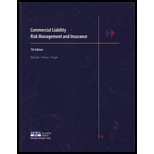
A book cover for Commercial Liability Risk Management and Insurance; Malecki; Business & Money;